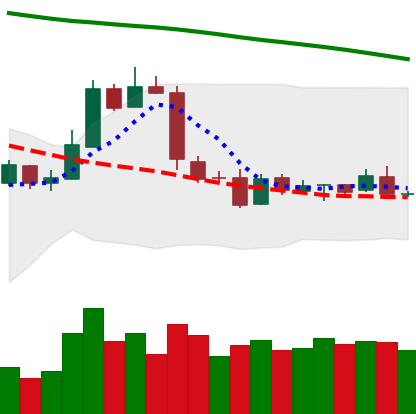
Ticker: LTC-USD
Chart end date: 2019-01-21
Forward return: 6.208%
Label: up_5_7